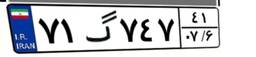
۷۱گ۷۴۷۴۱